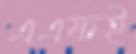
এএফই